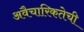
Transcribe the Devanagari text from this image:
अवैचारिकतेची